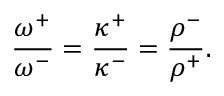
\frac { \omega ^ { + } } { \omega ^ { - } } = \frac { \kappa ^ { + } } { \kappa ^ { - } } = \frac { \rho ^ { - } } { \rho ^ { + } } .